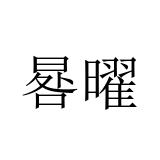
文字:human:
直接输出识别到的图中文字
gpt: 晷曜